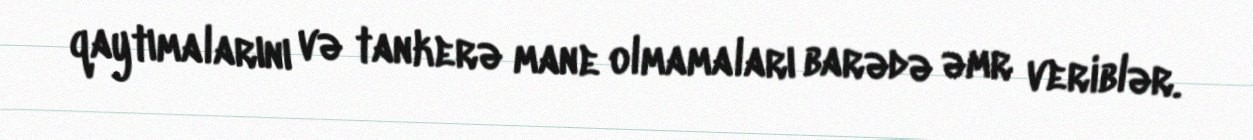
qaytımalarını və tankerə mane olmamaları barədə əmr veriblər.